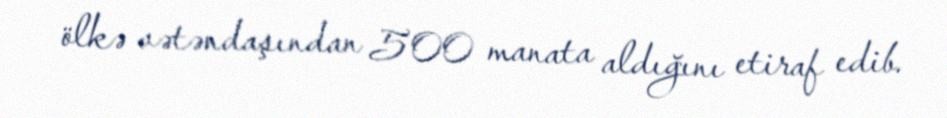
ölkə vətəndaşından 500 manata aldığını etiraf edib.